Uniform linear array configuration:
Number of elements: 64
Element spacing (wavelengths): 1
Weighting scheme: uniform
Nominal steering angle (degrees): -45
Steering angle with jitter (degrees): -45.372
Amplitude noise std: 0.05
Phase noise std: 0.05

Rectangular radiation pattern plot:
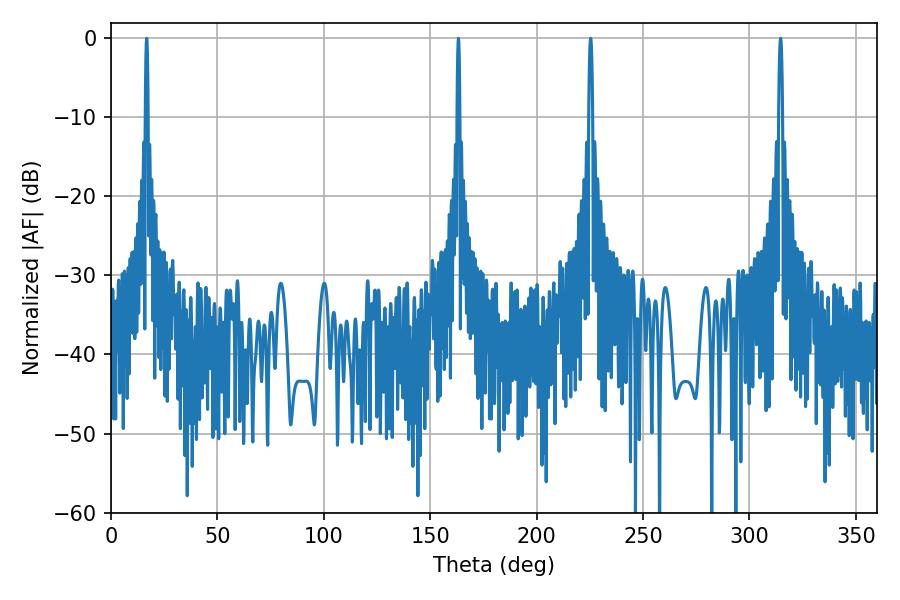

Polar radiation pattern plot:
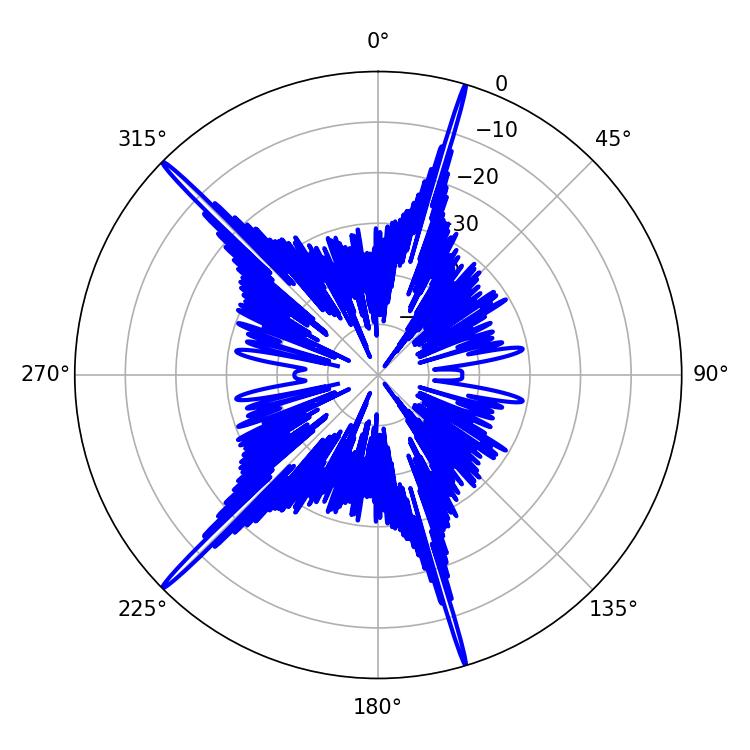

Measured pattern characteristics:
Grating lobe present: TRUE
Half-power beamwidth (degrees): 1.08
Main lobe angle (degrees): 225.36